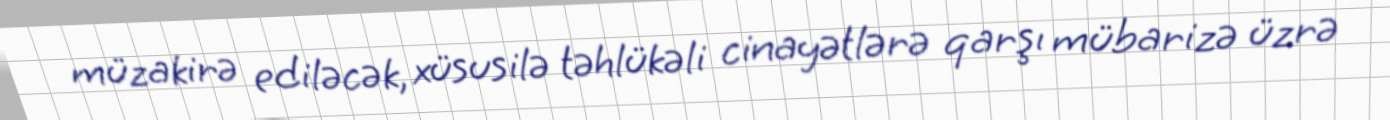
müzakirə ediləcək, xüsusilə təhlükəli cinayətlərə qarşı mübarizə üzrə